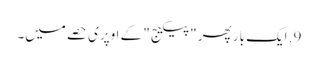
9. ایک بار پھر "پیکیج" کے اوپری حصے میں۔